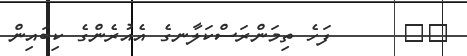
٧٩      ފަހެ ތިމަންރަސްކަލާނގެ އެއުރެންގެ ކިބައިން